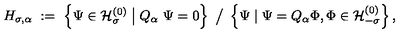
H _ { \sigma , \alpha } \ : = \ \left\{ \Psi \in { \mathcal H } _ { \sigma } ^ { ( 0 ) } \bigm | Q _ { \alpha } \ \Psi = 0 \right\} \ \big / \ \left\{ \Psi \mid \Psi = Q _ { \alpha } \Phi , \Phi \in { \mathcal H } _ { - \sigma } ^ { ( 0 ) } \right\} ,